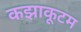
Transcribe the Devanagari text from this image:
कझाकूटम